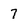
Character: 7